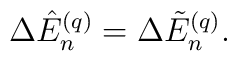
\Delta \hat E^{(q)}_n = \Delta \tilde E^{(q)}_n.